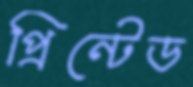
প্রিন্টেড